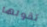
تقولها